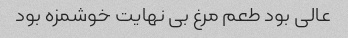
عالی بود طعم مرغ بی نهایت خوشمزه بود